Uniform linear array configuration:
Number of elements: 32
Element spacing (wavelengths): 0.5
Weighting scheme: exponential
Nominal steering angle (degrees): -30
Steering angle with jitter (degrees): -30.476
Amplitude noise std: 0.05
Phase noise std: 0.05

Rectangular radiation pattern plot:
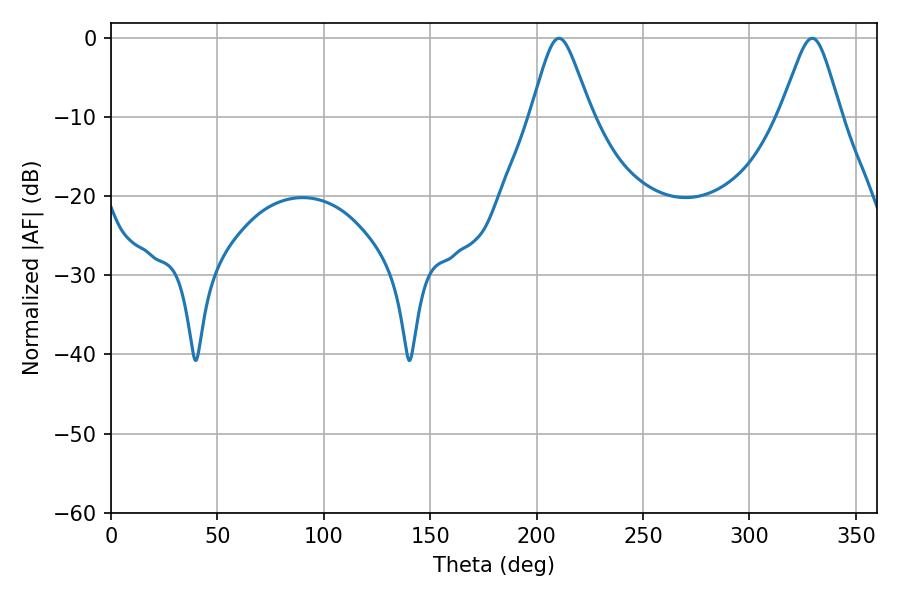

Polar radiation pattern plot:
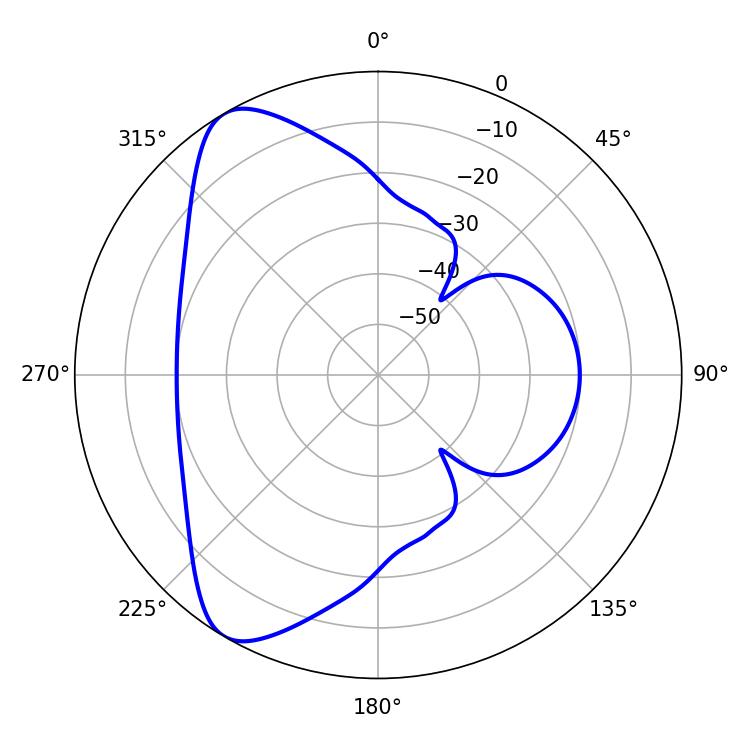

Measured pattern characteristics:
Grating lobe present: FALSE
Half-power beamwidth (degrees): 13.68
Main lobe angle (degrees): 210.42